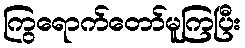
ကြွရောက်တော်မူကြပြီး